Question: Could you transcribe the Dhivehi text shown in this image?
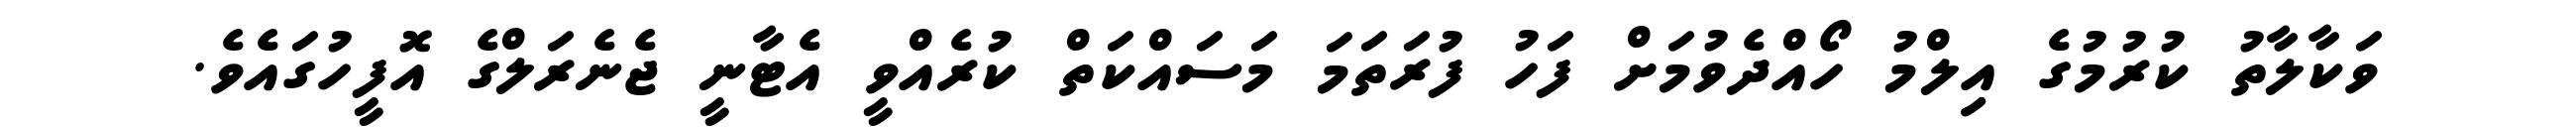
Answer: ވަކާލާތު ކުރުމުގެ އިލްމު ހޯއްދެވުމަށް ފަހު ފުރަތަމަ މަސައްކަތް ކުރެއްވީ އެޓާނީ ޖެނެރަލްގެ އޮފީހުގައެވެ.